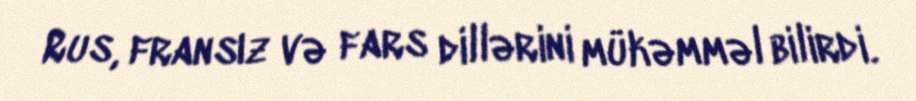
Rus, fransız və fars dillərini mükəmməl bilirdi.